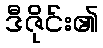
ဒီဇိုင်း၏